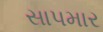
સાપમાર